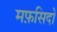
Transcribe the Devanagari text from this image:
मफ़सिदों